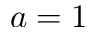
a = 1